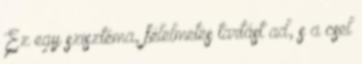
Ez egy szisztéma, félelmetes tartást ad, s a csel